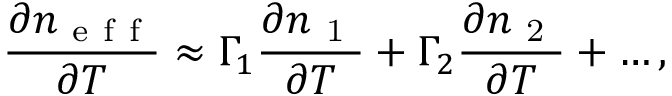
\frac { \partial n _ { \mathrm { ~ e ~ f ~ f ~ } } } { \partial T } \approx \Gamma _ { 1 } \frac { \partial n _ { \mathrm { ~ 1 ~ } } } { \partial T } + \Gamma _ { 2 } \frac { \partial n _ { \mathrm { ~ 2 ~ } } } { \partial T } + \dots ,